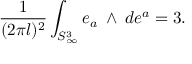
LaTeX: \frac { 1 } { ( 2 \pi l ) ^ { 2 } } \int _ { S _ { \infty } ^ { 3 } } e _ { a } { \mathrm { \tiny ~ \wedge ~ } } d e ^ { a } = 3 .